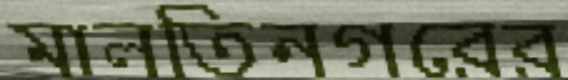
মালতিনগরের